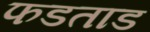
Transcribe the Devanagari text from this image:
फडताड